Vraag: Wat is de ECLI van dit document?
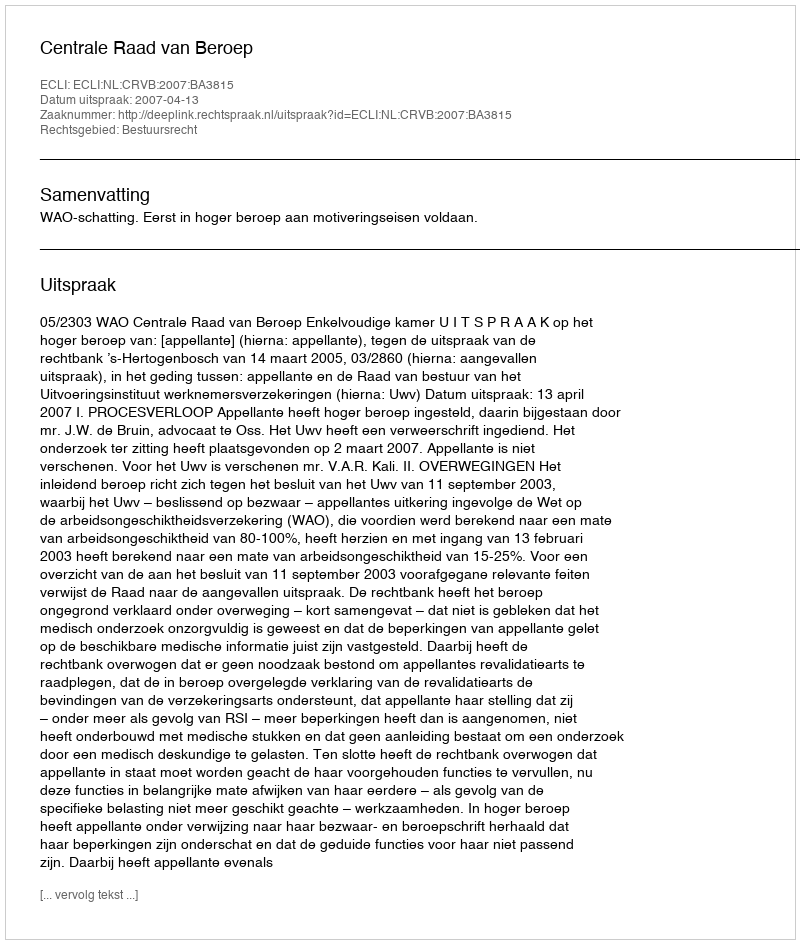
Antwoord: ECLI:NL:CRVB:2007:BA3815